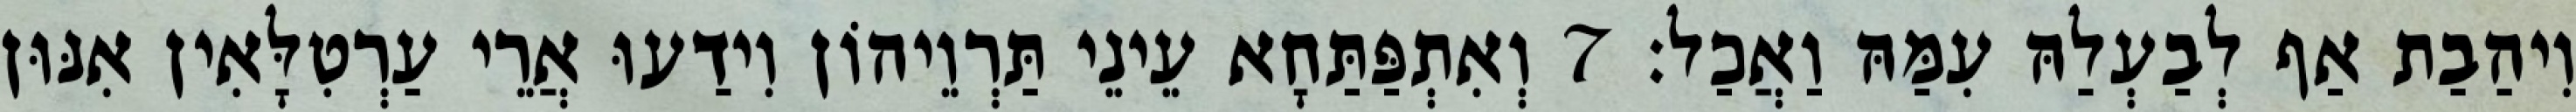
וִיהַבַת אַף לְבַעְלַהּ עִמַּהּ וַאֲכַל׃ 7 וְאִתְפַּתַּחָא עֵינֵי תַּרְוֵיהוֹן וִידַעוּ אֲרֵי עַרְטִלָּאִין אִנּוּן